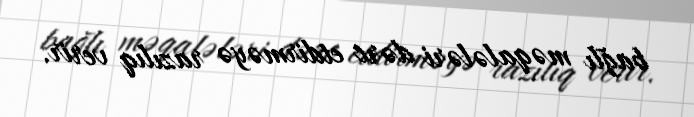
bağlı məqalələri dərc etdirməyə razılıq verir.